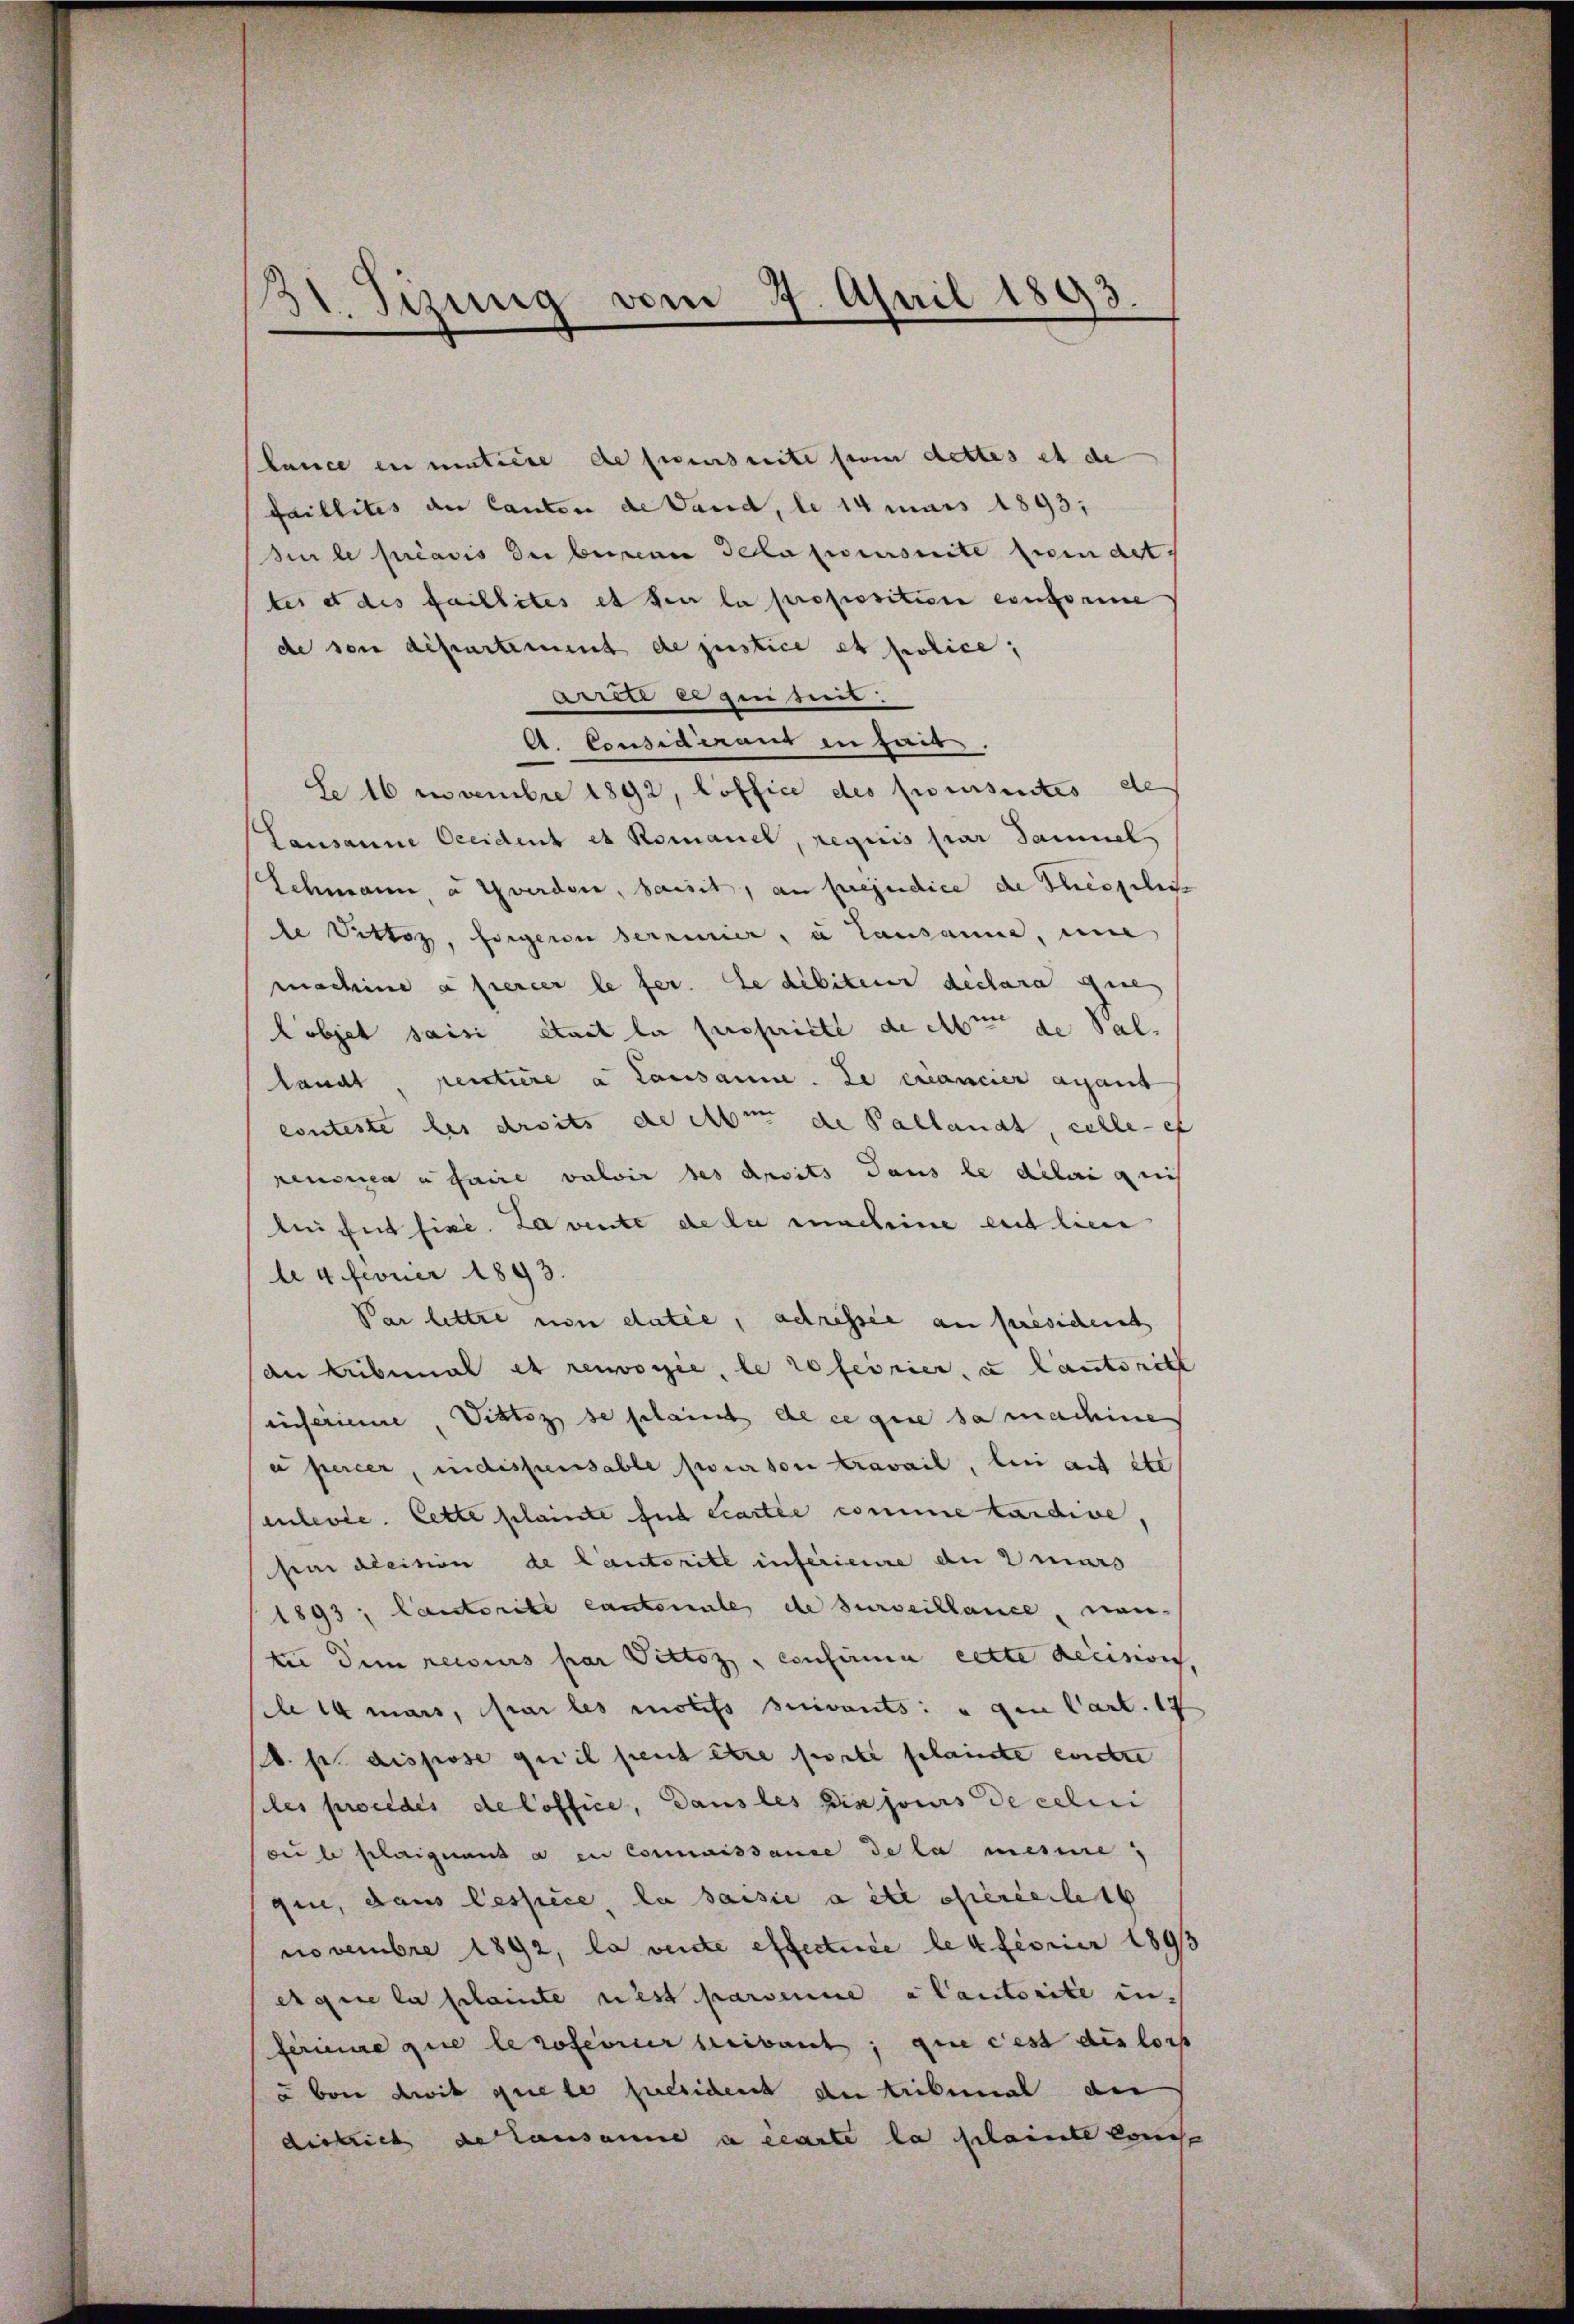
31. Jezung vom 2. April 1893.

Lance en mitiere de fierseite from dettes et de
faillites an Canton de Vaud, le 14 mars 1893;
sur le préavis der berein Gela promite findet.
tes et des faillites et sei la proposition conforme
de son departement de justice et police,
Arten ergeist.
A. Cousidirant in hait.
Le 16 Novembre 1892, loffice des presentes de
Lausanne Occident et Romanel, requis par Sammel
Schmann, a Yverden, saisit, an préjudice de Thiegeleis
le Vittoz, forgerin sermeier, u Lausanne, un
machine a fiercer le fer. Le débiteur declara gen
Cobjet saisi était la perspriete de Abte de Sal.
landt pentiere a Lausanne. Le mancier anfant
conteste des droits de am de Pallant celle ef
reusseau faire valoir des Ansits dans le délai g nich
li hat sise. La vente de la macheine entliene
le 4. Ferner 1893.
Par lettre von datie, adressee an président
an Kubinal et recogie, le referier, u lauteritt
eiseriene, Vitto se gelauch de ce que sa machine
a percer, indispensable pour son travail, bei auf ste
enlevie. Cette plainte fur écartie comme baidive,
pai decision de Cautorité inferieure du 2 mars
1893, Lastorike cantonale de surveillance, neute dem recours par Vittoz , confirma cette decisis,
14 mais, par les motifs suivants: u den Cart. 19
d. pr. dispose qui il peut être soit plainte ersetze
les procedes de Coffice, dans les bis jours de celui
du le sherigenant a en Commissance de la mesure,
que, dans lespice, la saisie a été operierlet
novembre 1892, la vente effecture lex feorier 1895
egire la plainte nest parvenie a lautorite in-
ferinne que le soferner treibaut, que ces des lors
u bei die guete fuesident der tribunal de
dirsich der Lausanne a carte la clainte konse